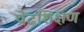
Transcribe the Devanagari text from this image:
प्रोढशिक्षण